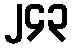
၂၄၃